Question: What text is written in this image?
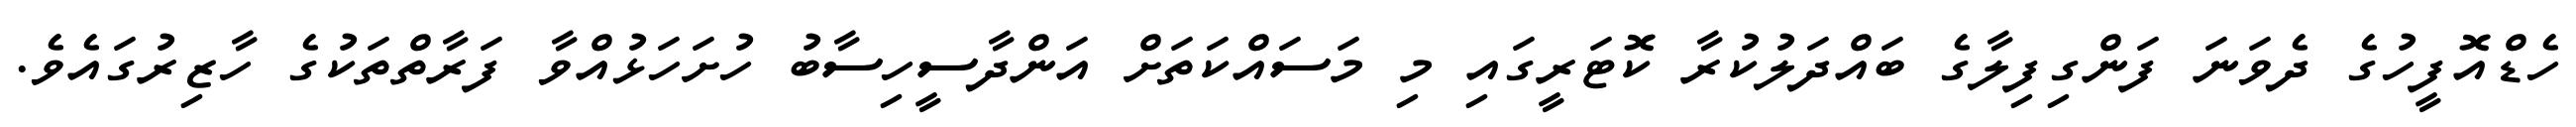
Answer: ހެޑްއޮފީހުގެ ދެވަނަ ފަންގިފިލާގެ ބައްދަލުކުރާ ކޮޓަރީގައި މި މަސައްކަތަށް އަންދާސީހިސާބު ހުށަހަޅުއްވާ ފަރާތްތަކުގެ ހާޒިރުގައެވެ.